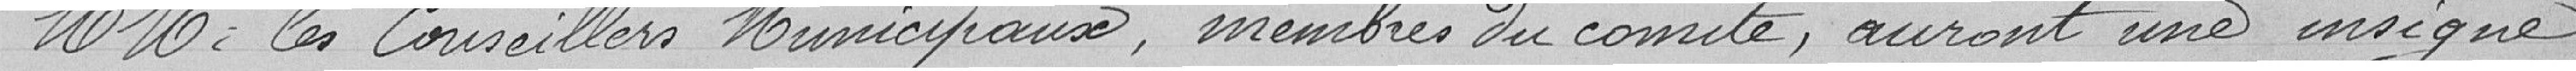
M.Mrs les Conseillers Municipaux, membres du comité, auront une insigne